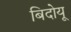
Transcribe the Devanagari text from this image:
बिदोयू